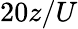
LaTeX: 20z/U